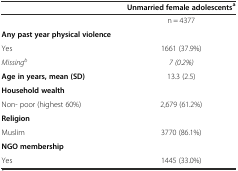
|  | Unmarried female adolescentsa |
 | --- | --- |
 |  | n = 4377 |
 | Any past year physical violence |  |
 | Yes | 1661 (37.9%) |
 | Missingb | 7 (0.2%) |
 | Age in years, mean (SD) | 13.3 (2.5) |
 | Household wealth |  |
 | Non- poor (highest 60%) | 2,679 (61.2%) |
 | Religion |  |
 | Muslim | 3770 (86.1%) |
 | NGO membership |  |
 | Yes | 1445 (33.0%) |